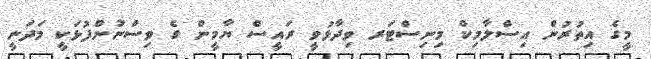
މީގެ އިތުރުން އިސްލާމިކް މިނިސްޓަރ ވިދާޅުވީ ރައީސް ޔާމީން ގެ ވިސްނުންފުޅަކީ މަދަނީ